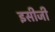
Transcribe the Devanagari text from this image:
इसीजी